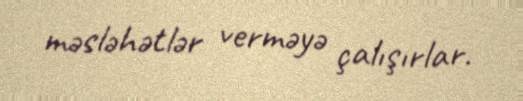
məsləhətlər verməyə çalışırlar.